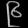
Digit: ၉